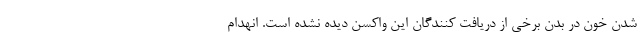
شدن خون در بدن برخی از دریافت کنندگان این واکسن دیده نشده است. انهدام